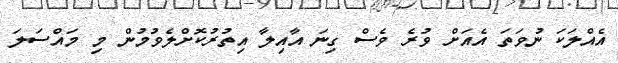
އެއްލަކަ ނުވަތަ އެއަށް ވުރެ ވެސް ގިނަ އާއިލާ އިތުރުކޮށްލެވުމުން މި މައްސަލަ